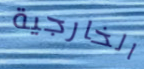
الخارجية